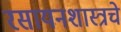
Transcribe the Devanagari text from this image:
रसायनशास्त्रचे